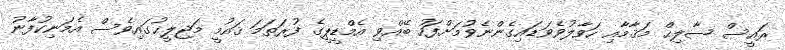
ރައީސް ޞާލިޙް މަޤާމާއި ހަވާލުވެވަޑައިގެންނެވުމަށްފަހު ބޭއްވި އެމްޑީޕީގެ ފުރަތަމަ ޤައުމީ މަޖިލީޙުގައިވެސް އެމަނިކުފާނު